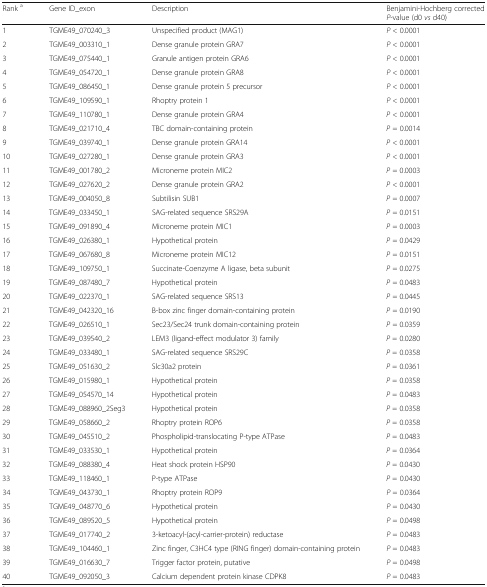
<table><thead><tr><td><b>Rank <sup>a</sup></b></td><td><b>Gene ID_exon</b></td><td><b>Description</b></td><td><b>Benjamini-Hochberg corrected <i>P</i>-value (d0 <i>vs</i> d40)</b></td></tr></thead><tbody><tr><td>1</td><td>TGME49_070240_3</td><td>Unspecified product (MAG1)</td><td><i>P</i> &lt; 0.0001</td></tr><tr><td>2</td><td>TGME49_003310_1</td><td>Dense granule protein GRA7</td><td><i>P</i> &lt; 0.0001</td></tr><tr><td>3</td><td>TGME49_075440_1</td><td>Granule antigen protein GRA6</td><td><i>P</i> &lt; 0.0001</td></tr><tr><td>4</td><td>TGME49_054720_1</td><td>Dense granule protein GRA8</td><td><i>P</i> &lt; 0.0001</td></tr><tr><td>5</td><td>TGME49_086450_1</td><td>Dense granule protein 5 precursor</td><td><i>P</i> &lt; 0.0001</td></tr><tr><td>6</td><td>TGME49_109590_1</td><td>Rhoptry protein 1</td><td><i>P</i> &lt; 0.0001</td></tr><tr><td>7</td><td>TGME49_110780_1</td><td>Dense granule protein GRA4</td><td><i>P</i> &lt; 0.0001</td></tr><tr><td>8</td><td>TGME49_021710_4</td><td>TBC domain-containing protein</td><td><i>P</i> = 0.0014</td></tr><tr><td>9</td><td>TGME49_039740_1</td><td>Dense granule protein GRA14</td><td><i>P</i> &lt; 0.0001</td></tr><tr><td>10</td><td>TGME49_027280_1</td><td>Dense granule protein GRA3</td><td><i>P</i> &lt; 0.0001</td></tr><tr><td>11</td><td>TGME49_001780_2</td><td>Microneme protein MIC2</td><td><i>P</i> = 0.0003</td></tr><tr><td>12</td><td>TGME49_027620_2</td><td>Dense granule protein GRA2</td><td><i>P</i> &lt; 0.0001</td></tr><tr><td>13</td><td>TGME49_004050_8</td><td>Subtilisin SUB1</td><td><i>P</i> = 0.0007</td></tr><tr><td>14</td><td>TGME49_033450_1</td><td>SAG-related sequence SRS29A</td><td><i>P</i> = 0.0151</td></tr><tr><td>15</td><td>TGME49_091890_4</td><td>Microneme protein MIC1</td><td><i>P</i> = 0.0003</td></tr><tr><td>16</td><td>TGME49_026380_1</td><td>Hypothetical protein</td><td><i>P</i> = 0.0429</td></tr><tr><td>17</td><td>TGME49_067680_8</td><td>Microneme protein MIC12</td><td><i>P</i> = 0.0151</td></tr><tr><td>18</td><td>TGME49_109750_1</td><td>Succinate-Coenzyme A ligase, beta subunit</td><td><i>P</i> = 0.0275</td></tr><tr><td>19</td><td>TGME49_087480_7</td><td>Hypothetical protein</td><td><i>P</i> = 0.0483</td></tr><tr><td>20</td><td>TGME49_022370_1</td><td>SAG-related sequence SRS13</td><td><i>P</i> = 0.0445</td></tr><tr><td>21</td><td>TGME49_042320_16</td><td>B-box zinc finger domain-containing protein</td><td><i>P</i> = 0.0190</td></tr><tr><td>22</td><td>TGME49_026510_1</td><td>Sec23/Sec24 trunk domain-containing protein</td><td><i>P</i> = 0.0359</td></tr><tr><td>23</td><td>TGME49_039540_2</td><td>LEM3 (ligand-effect modulator 3) family</td><td><i>P</i> = 0.0280</td></tr><tr><td>24</td><td>TGME49_033480_1</td><td>SAG-related sequence SRS29C</td><td><i>P</i> = 0.0358</td></tr><tr><td>25</td><td>TGME49_051630_2</td><td>Slc30a2 protein</td><td><i>P</i> = 0.0361</td></tr><tr><td>26</td><td>TGME49_015980_1</td><td>Hypothetical protein</td><td><i>P</i> = 0.0358</td></tr><tr><td>27</td><td>TGME49_054570_14</td><td>Hypothetical protein</td><td><i>P</i> = 0.0483</td></tr><tr><td>28</td><td>TGME49_088960_2Seg3</td><td>Hypothetical protein</td><td><i>P</i> = 0.0358</td></tr><tr><td>29</td><td>TGME49_058660_2</td><td>Rhoptry protein ROP6</td><td><i>P</i> = 0.0358</td></tr><tr><td>30</td><td>TGME49_045510_2</td><td>Phospholipid-translocating P-type ATPase</td><td><i>P</i> = 0.0483</td></tr><tr><td>31</td><td>TGME49_033530_1</td><td>Hypothetical protein</td><td><i>P</i> = 0.0364</td></tr><tr><td>32</td><td>TGME49_088380_4</td><td>Heat shock protein HSP90</td><td><i>P</i> = 0.0430</td></tr><tr><td>33</td><td>TGME49_118460_1</td><td>P-type ATPase</td><td><i>P</i> = 0.0430</td></tr><tr><td>34</td><td>TGME49_043730_1</td><td>Rhoptry protein ROP9</td><td><i>P</i> = 0.0364</td></tr><tr><td>35</td><td>TGME49_048770_6</td><td>Hypothetical protein</td><td><i>P</i> = 0.0430</td></tr><tr><td>36</td><td>TGME49_089520_5</td><td>Hypothetical protein</td><td><i>P</i> = 0.0498</td></tr><tr><td>37</td><td>TGME49_017740_2</td><td>3-ketoacyl-(acyl-carrier-protein) reductase</td><td><i>P</i> = 0.0483</td></tr><tr><td>38</td><td>TGME49_104460_1</td><td>Zinc finger, C3HC4 type (RING finger) domain-containing protein</td><td><i>P</i> = 0.0483</td></tr><tr><td>39</td><td>TGME49_016630_7</td><td>Trigger factor protein, putative</td><td><i>P</i> = 0.0498</td></tr><tr><td>40</td><td>TGME49_092050_3</td><td>Calcium dependent protein kinase CDPK8</td><td><i>P</i> = 0.0483</td></tr></tbody></table>